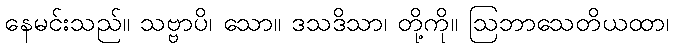
နေမင်းသည်။ သဗ္ဗာပိ၊ သော။ ဒသဒိသာ၊ တို့ကို။ ဩဘာသေတိယထာ၊